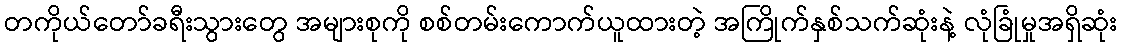
တကိုယ်တော်ခရီးသွားတွေ အများစုကို စစ်တမ်းကောက်ယူထားတဲ့ အကြိုက်နှစ်သက်ဆုံးနဲ့ လုံခြုံမှုအရှိဆုံး